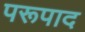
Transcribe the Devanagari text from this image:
परूपाद